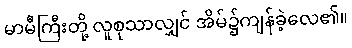
မာမီကြီးတို့ လူစုသာလျှင် အိမ်၌ကျန်ခဲ့လေ၏။